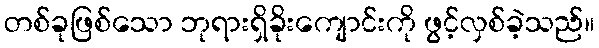
တစ်ခုဖြစ်သော ဘုရားရှိခိုးကျောင်းကို ဖွင့်လှစ်ခဲ့သည်။